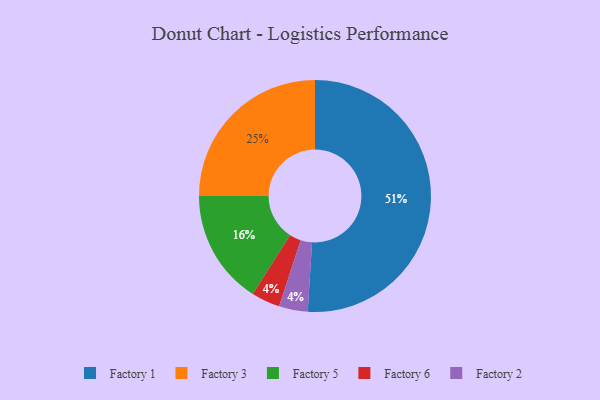
{"axis": {"x": "Category", "y": "Percentage"}, "legend": ["Factory 1", "Factory 2", "Factory 3", "Factory 5", "Factory 6"], "data": [{"x": "Factory 3", "y": 25, "type": "Factory 3"}, {"x": "Factory 6", "y": 4, "type": "Factory 6"}, {"x": "Factory 5", "y": 16, "type": "Factory 5"}, {"x": "Factory 2", "y": 4, "type": "Factory 2"}, {"x": "Factory 1", "y": 51, "type": "Factory 1"}]}